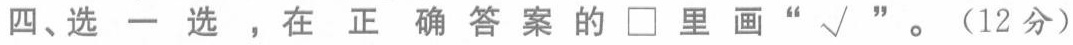
四、选一选，在正确答案的\Box里画“√”。 (12分)